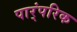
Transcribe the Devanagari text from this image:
पार्ंपरिक